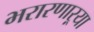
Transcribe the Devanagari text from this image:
भरारणाऱ्या